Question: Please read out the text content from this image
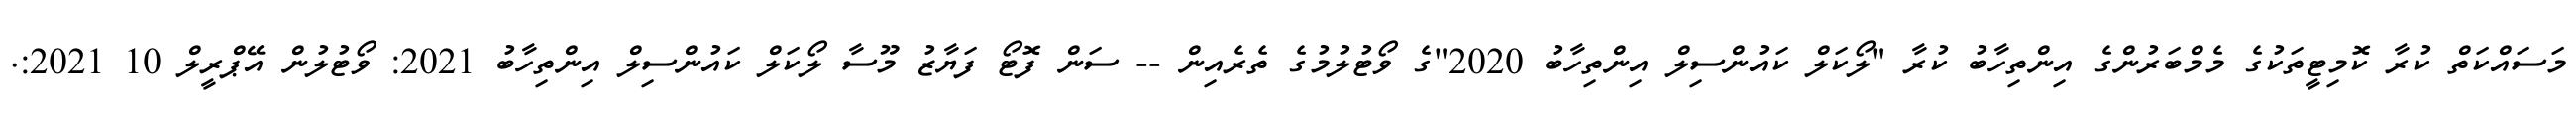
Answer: މަސައްކަތް ކުރާ ކޮމިޓީތަކުގެ މެމްބަރުންގެ އިންތިހާބު ކުރާ "ލޯކަލް ކައުންސިލް އިންތިހާބު 2020"ގެ ވޯޓުލުމުގެ ތެރެއިން -- ސަން ފޮޓޯ ފަޔާޒު މޫސާ ލޯކަލް ކައުންސިލް އިންތިހާބު 2021: ވޯޓުލުން އޭޕްރީލް 10 2021:.